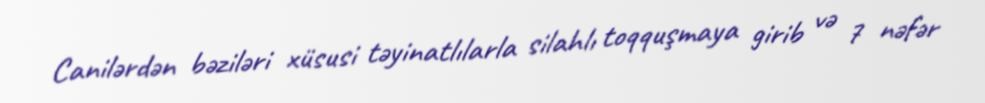
Canilərdən bəziləri xüsusi təyinatlılarla silahlı toqquşmaya girib və 7 nəfər